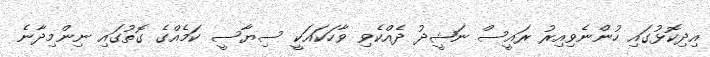
އިދިކޮޅުގައި ހުންނެވިއިރު ރައީސް ނަޝީދު ދެއްކެވި ވާހަކައަކީ ސިޔާސީ ކަމެއްގެ ގޮތުގައި ނިންމިދާނެ